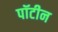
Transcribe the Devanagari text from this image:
पॉटीन